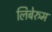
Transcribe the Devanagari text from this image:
लिबेरुम